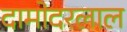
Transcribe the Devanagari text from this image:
दामोदरलाल